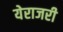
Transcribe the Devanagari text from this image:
येराजरी